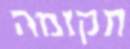
תקומה